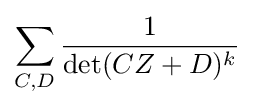
\sum _{C,D}{\frac {1}{\det(CZ+D)^{k}}}